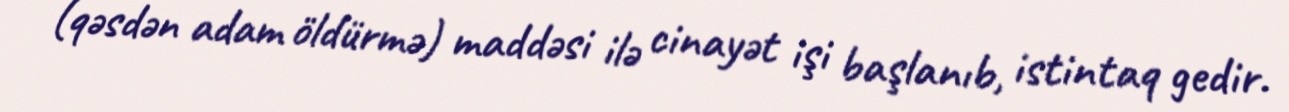
(qəsdən adam öldürmə) maddəsi ilə cinayət işi başlanıb, istintaq gedir.